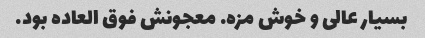
بسیار عالی و خوش مزه. معجونش فوق العاده بود.